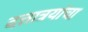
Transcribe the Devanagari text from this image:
दत्तात्रयांचा